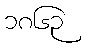
၁၈၆၃